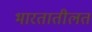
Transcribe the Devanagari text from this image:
भारतातीलत